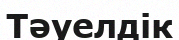
Тәуелдік